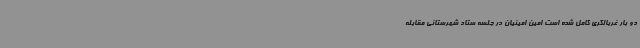
دو بار غربالگری کامل شده است امین امینیان در جلسه ستاد شهرستانی مقابله